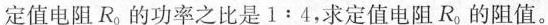
定值电阻R_{0}的功率之比是$$1 : 4$$，求定值电阻R_{0}的阻值。